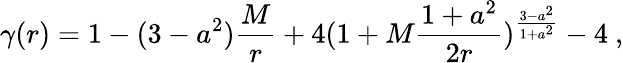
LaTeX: \gamma(r)=1-(3-a^{2}){\frac{M}{r}}+4(1+M{\frac{1+a^{2}}{2r}})^{\frac{3-a^{2}}{1+a^{2}}}-4\ ,